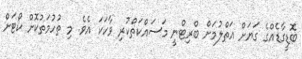
ބޮޑީގާޑެއްގެ ގަޔަށް އަތްލުމަށް ބްރިޓްނީ މަސައްކަތްކުރި ވާހަކަ އެވެ. މި ތުހުމަތުކޮށް ކޯޓަށް